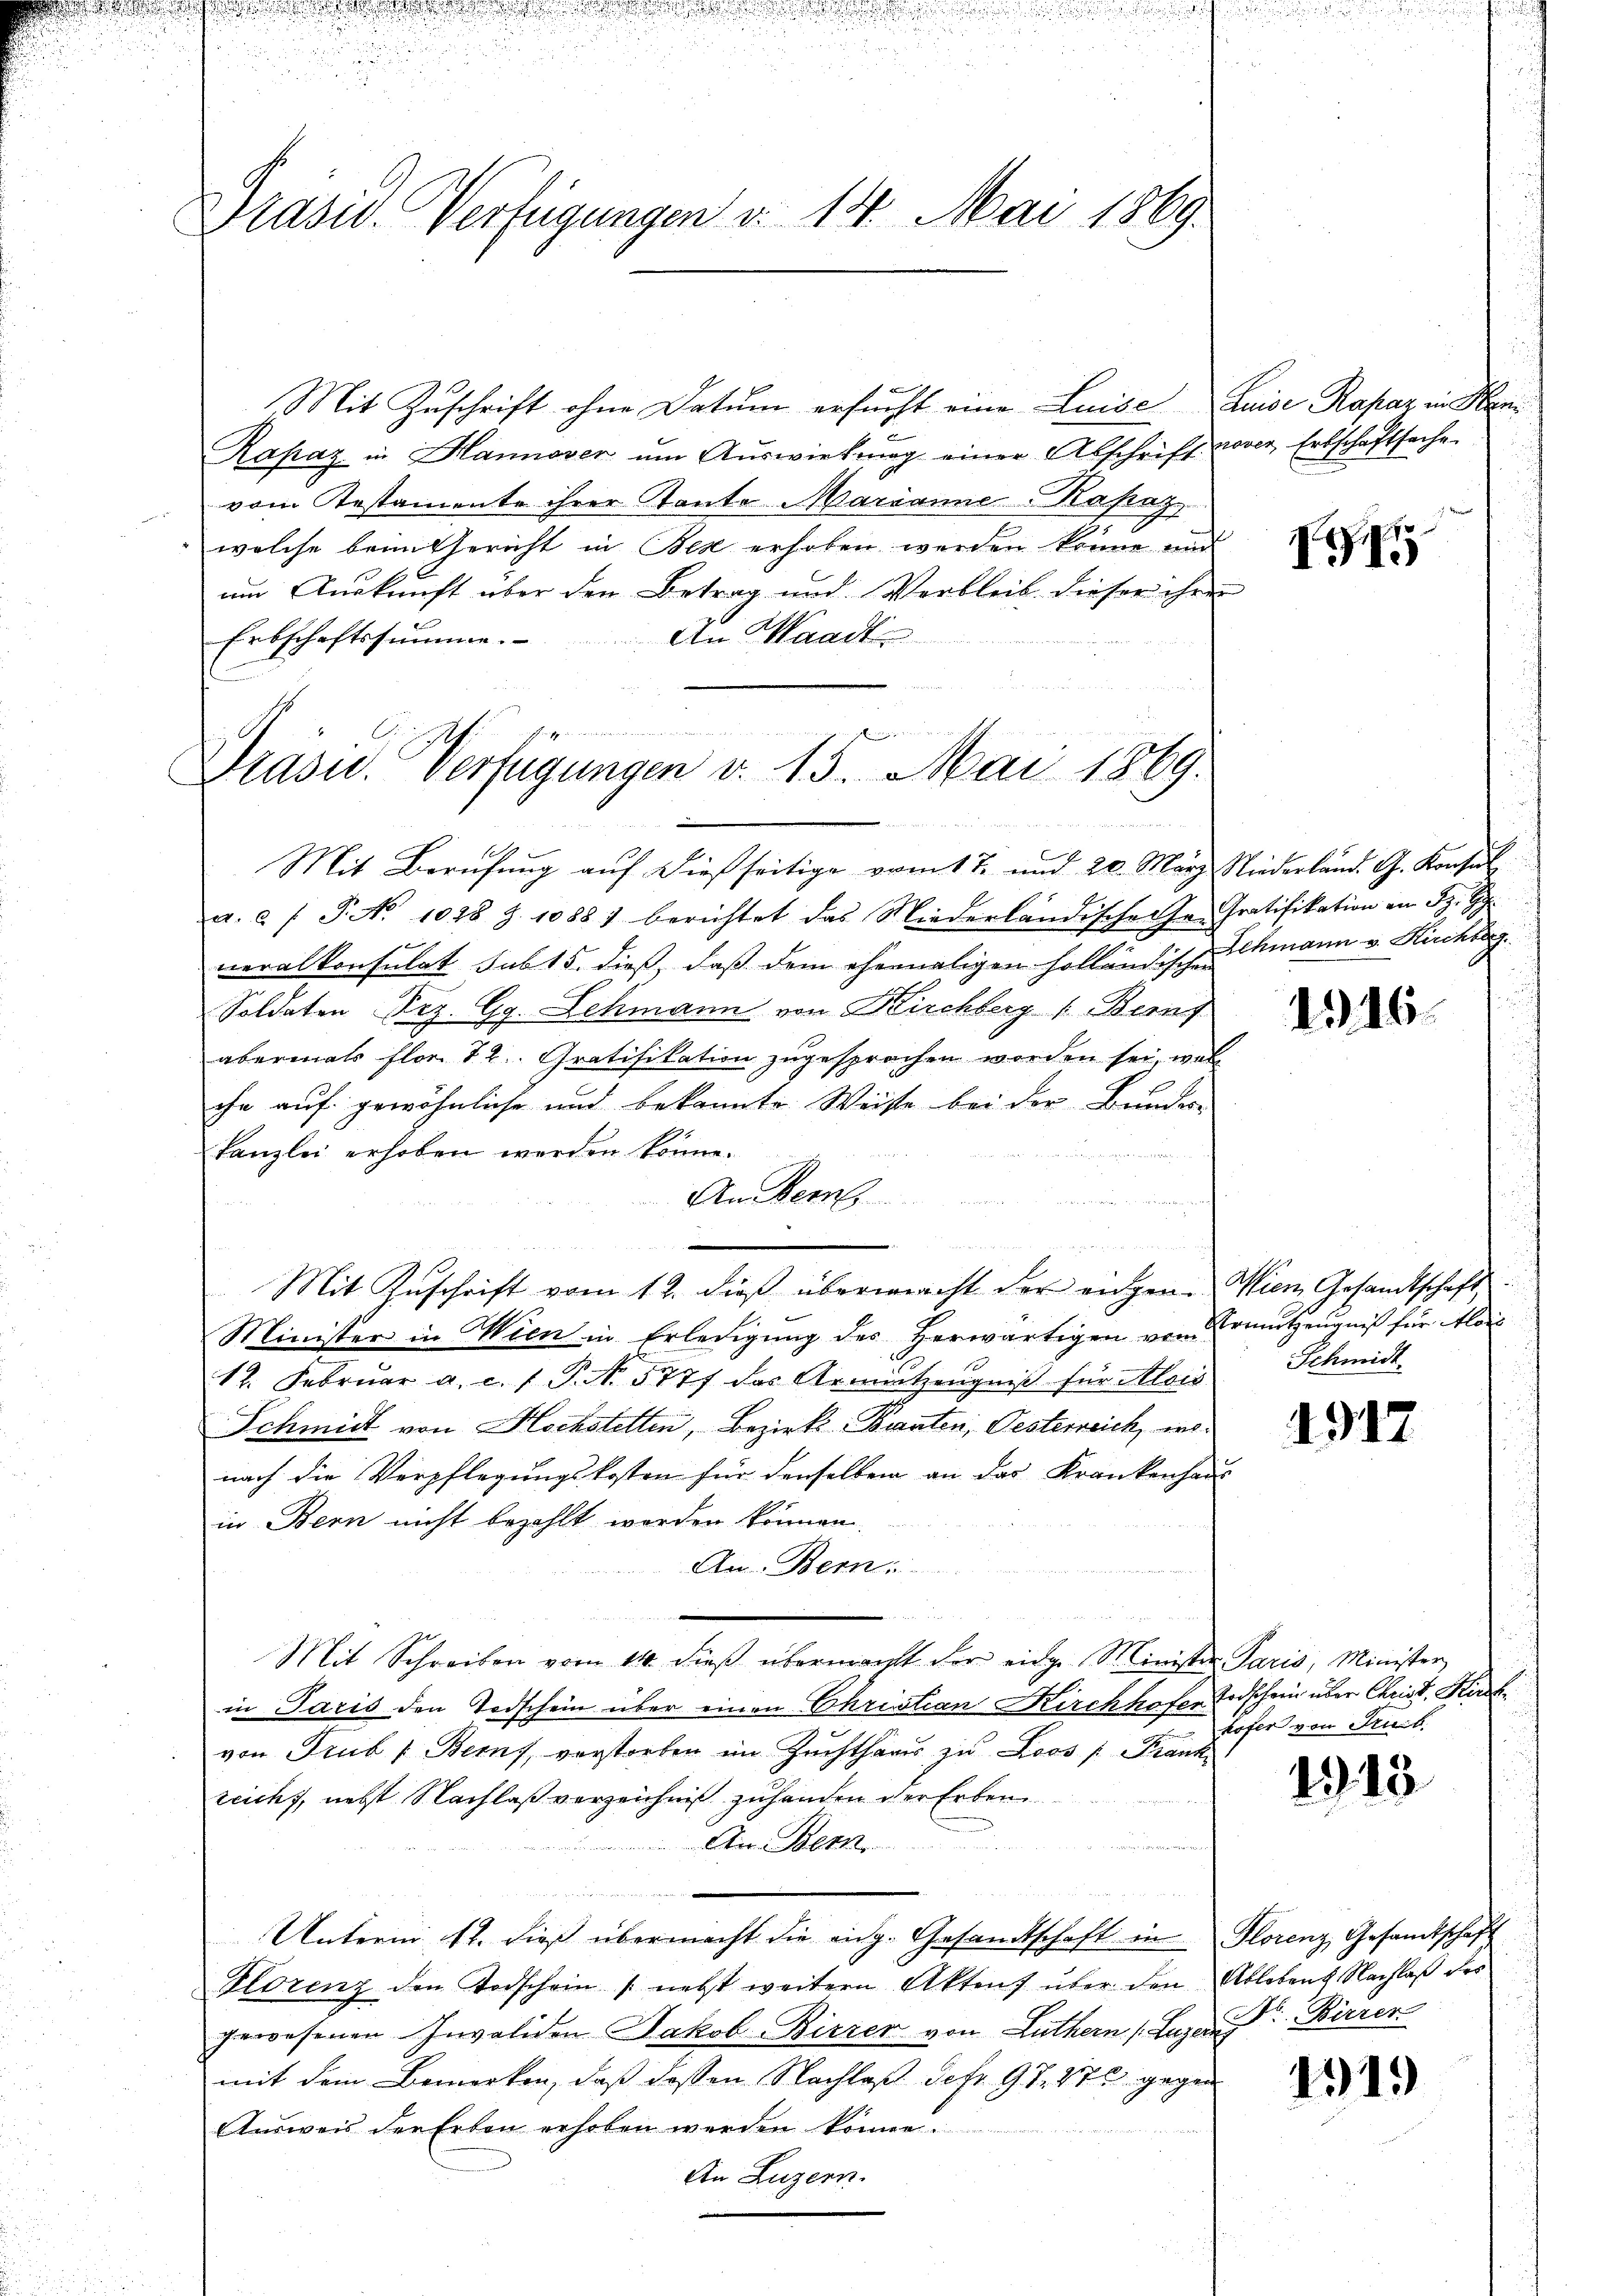
Präsid. Verfügungen d. 14. Mai 1869.

Mit Zuschrift ohne Datum ersucht eine Luise Auise Rapar in Men¬
Kapaz in Hannover ŭm Aŭswirkung einer Abschrift nover Erbschaftsache
vom Testamente ihrer Tante Marianne Kapaz
welche beim Gericht in Bex erhoben werden könne und
um Auskunft über den Betrag und Verbleib dieser ihrer
An Waadt.
Erbschaftssumme.

Präsid. Verfügungen v. 15. Mai 1869.

Mit Berufung auf dießseitige vom 17. und 20. März Niederland. G. Konsul
a. a. f. P. No 1028 Z. 1088) berichtet das Niederländischer Hr. Gratifikation an Sr. H.
neralkonsulat sub 15. dieß, daß dem ehemaligen holländischechmann v. Kucharg
Soldaten Reg. Gg. Schmann von Kirchberg 1. Bernf
abermals flor 12. Gratifikation zugesprochen worden sei, wel
che auf gewöhnliche und bekannte Weise bei der Bundes-
n
kanzlei erhoben werden könne.
An dem

.

Mit Zuschrift vom 12. dieß übermacht der eigen-
Minister in Wien in Erledigung des herwärtigen von Armutzeugniß für Alois
1. Febrŭar a. c. (T. S. 5777 das Armintzeŭgniβ für Alois
Schmidt von Hochstellen, Bezirks-Branten, Oesterreich, wonach die Verpflegungskosten für denselben an das Krankenhaus
in Bern nicht bezahlt worden können.
An Bern:
Mit Schreiben vom 14. dieβ übermacht der eidge Minister Paris, Minister
in Paris den Todschein über einen Christian Kirchhofer Todschein über Christ, Kirchvon Trub (Berns, vorstorben im Zuchtharis zu Loos /: Frank
zeicht, nebst Nachlaß verzeichnis zuhanden der Erben
An Bern
Unterm 12. dieß übermacht die eidg. Gesandtschaft in Florenz Gesandtschaft
Florenz den Todschein nebst weitern Aktens über den Ableben Nachlaβ des
gewesenen Invaliden Jakob Birrer von Luthern (Luzern Birren
mit dem Bemerken, daß dessen Nachlaß der 97. 475 gegen
Ausweis der Erben erhoben werden könne.
An Luzern.

n

I

1916

Asien Gesandtschaft
Schmidt

1912

kofer von Fruch.

413

4319